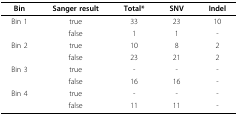
| Bin | Sanger result | Total* | SNV | Indel |
 | --- | --- | --- | --- | --- |
 | Bin 1 | true | 33 | 23 | 10 |
 |  | false | 1 | 1 | - |
 | Bin 2 | true | 10 | 8 | 2 |
 |  | false | 23 | 21 | 2 |
 | Bin 3 | true | - | - | - |
 |  | false | 16 | 16 | - |
 | Bin 4 | true | - | - | - |
 |  | false | 11 | 11 | - |